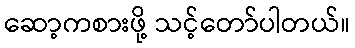
ဆော့ကစားဖို့ သင့်တော်ပါတယ်။